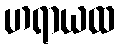
ဟရာယထ